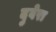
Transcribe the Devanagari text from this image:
दुवेरा